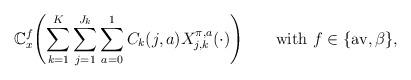
LaTeX: \begin{align*} \mathbb{C}_x^{f} \Biggl( \sum_{k=1}^K \sum_{j=1}^{J_k}\sum_{a=0}^{1} C_{k}(j,a)X_{j,k}^{\pi,a}(\cdot) \Biggr) \qquad\mbox{with } f\in\{\mathrm{av}, \beta\},\end{align*}